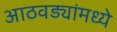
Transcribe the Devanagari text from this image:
आठवड्यांमध्ये